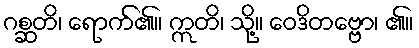
ဂစ္ဆတိ၊ ရောက်၏။ ဣတိ၊ သို့။ ဝေဒိတဗ္ဗော၊ ၏။